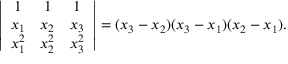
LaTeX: \left| { \begin{array} { c c c } { 1 } & { 1 } & { 1 } \\ { x _ { 1 } } & { x _ { 2 } } & { x _ { 3 } } \\ { x _ { 1 } ^ { 2 } } & { x _ { 2 } ^ { 2 } } & { x _ { 3 } ^ { 2 } } \end{array} } \right| = ( x _ { 3 } - x _ { 2 } ) ( x _ { 3 } - x _ { 1 } ) ( x _ { 2 } - x _ { 1 } ) .